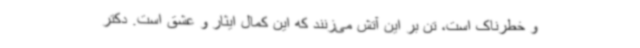
و خطرناک است، تن بر این آتش می‌زنند که این کمال ایثار و عشق است. دکتر